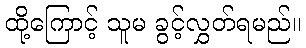
ထို့ကြောင့် သူမ ခွင့်လွှတ်ရမည်။